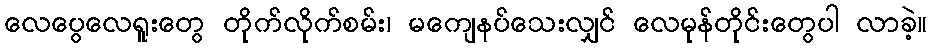
လေပွေလေရူးတွေ တိုက်လိုက်စမ်း၊ မကျေနပ်သေးလျှင် လေမုန်တိုင်းတွေပါ လာခဲ့။